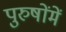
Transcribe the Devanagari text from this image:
पुरुषोंमें